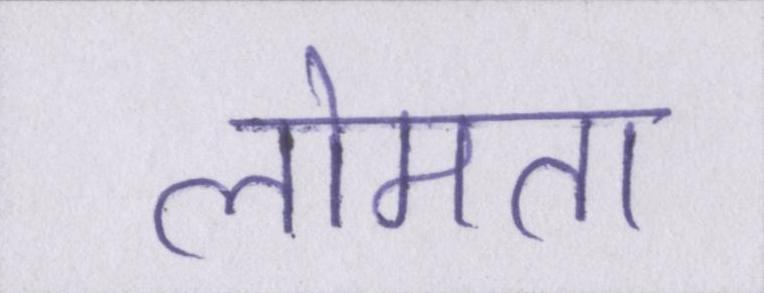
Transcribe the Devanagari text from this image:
लोमता